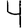
Digit: 4